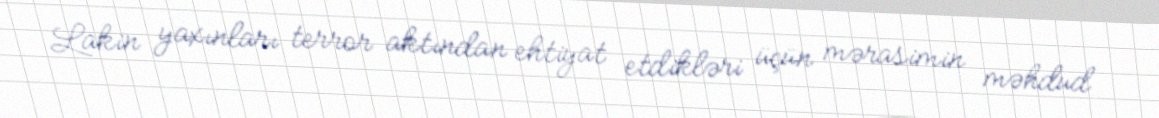
Lakin yaxınları terror aktından ehtiyat etdikləri üçün mərasimin məhdud